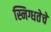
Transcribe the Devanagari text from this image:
स्निग्धतेचें